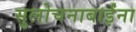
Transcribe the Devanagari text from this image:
सुलोचनाबाईंना